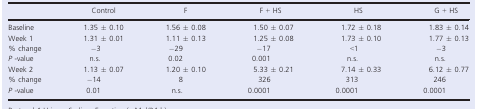
|  | Control | F | F + HS | HS | G + HS |
 | --- | --- | --- | --- | --- | --- |
 | Baseline | 1.35 ± 0.10 | 1.56 ± 0.08 | 1.50 ± 0.07 | 1.72 ± 0.18 | 1.83 ± 0.14 |
 | Week 1 | 1.31 ± 0.01 | 1.11 ± 0.13 | 1.25 ± 0.08 | 1.73 ± 0.10 | 1.77 ± 0.13 |
 | % change | −3 | −29 | −17 | <1 | −3 |
 | P ‐value | n.s. | 0.02 | 0.001 | n.s. | n.s. |
 | Week 2 | 1.13 ± 0.07 | 1.20 ± 0.10 | 5.33 ± 0.21 | 7.14 ± 0.33 | 6.12 ± 0.77 |
 | % change | −14 | 8 | 326 | 313 | 246 |
 | P ‐value | 0.01 | n.s. | 0.0001 | 0.0001 | 0.0001 |